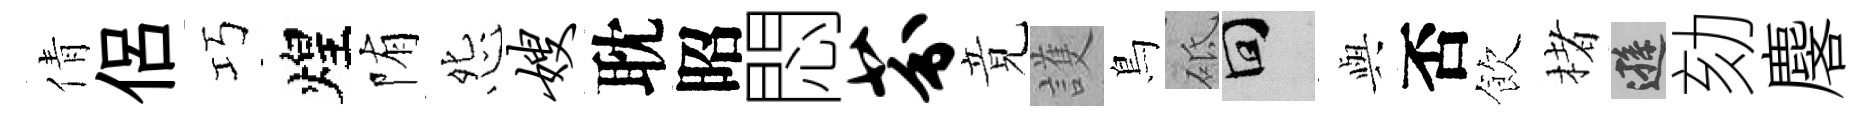
倩侶巧煌陏怨嫂耽昭悶芬竟護鳥砥回𫤰否飲楮遜劾麐